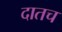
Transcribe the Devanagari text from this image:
दातच